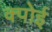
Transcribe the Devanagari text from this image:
क्पोई